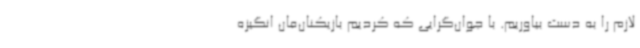
لازم را به دست بیاوریم. با جوان‌گرایی که کردیم بازیکنان‌مان انگیزه